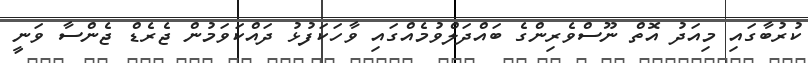
ކުރުބާގައި މިއަދު އޮތް ނޫސްވެރިންގެ ބައްދަލްވުމެއްގައި ވާހަކަފުޅު ދައްކަވަމުން ޖެރެޑް ޖެންސާ ވަނީ